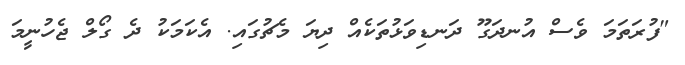
"ފުރަތަމަ ވެސް އުނދަގޫ ދަނޑިވަޅުތަކެއް ދިޔަ މެޗުގައި. އެކަމަކު ދެ ގޯލް ޖެހުނީމަ